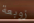
زوبعة